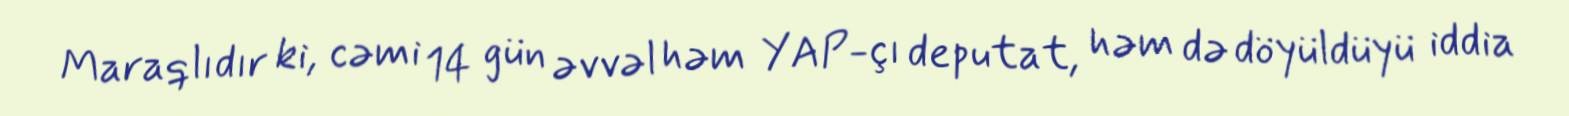
Maraqlıdır ki, cəmi 14 gün əvvəl həm YAP-çı deputat, həm də döyüldüyü iddia